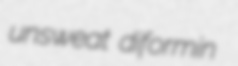
unsweat diformin